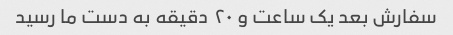
سفارش بعد یک ساعت و ٢٠ دقیقه به دست ما رسید